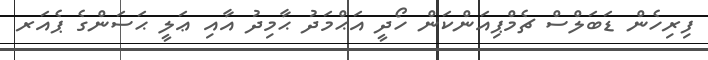
ފިރިހެން ޑަބަލްސް ޗެމްޕިއަންކަން ހޯދީ އަޙްމަދު ޙާމިދު އާއި ޢަލީ ޙަސަންގެ ޕެއަރ